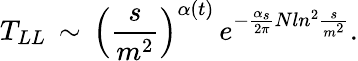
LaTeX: T_{LL}\, \sim\, \left(\frac{s}{m^{2}}\right)^{\alpha(t)}\, e^{-\frac{\alpha_{s}}{2\pi}Nln^{2}\frac{s}{m^{2}}}.